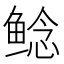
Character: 鲶